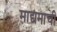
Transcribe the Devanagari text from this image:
माद्यमाची